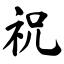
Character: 祝